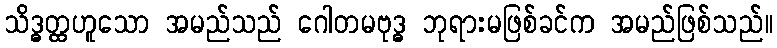
သိဒ္ဓတ္ထဟူသော အမည်သည် ဂေါတမဗုဒ္ဓ ဘုရားမဖြစ်ခင်က အမည်ဖြစ်သည်။